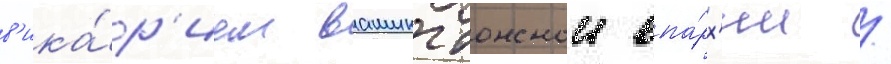
в'ика́р'ием вашингтонскои епа́рх'ии /